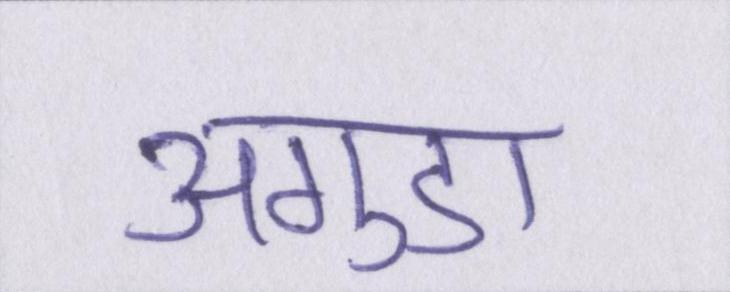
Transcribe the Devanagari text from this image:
अगुडा